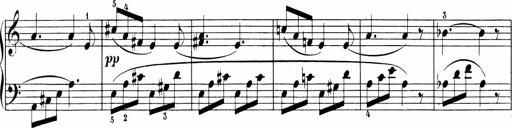
Title: Sonatinen Op.47, 98 und 136, nebst 6 Liedersonatinen
Composer: Carl Reinecke